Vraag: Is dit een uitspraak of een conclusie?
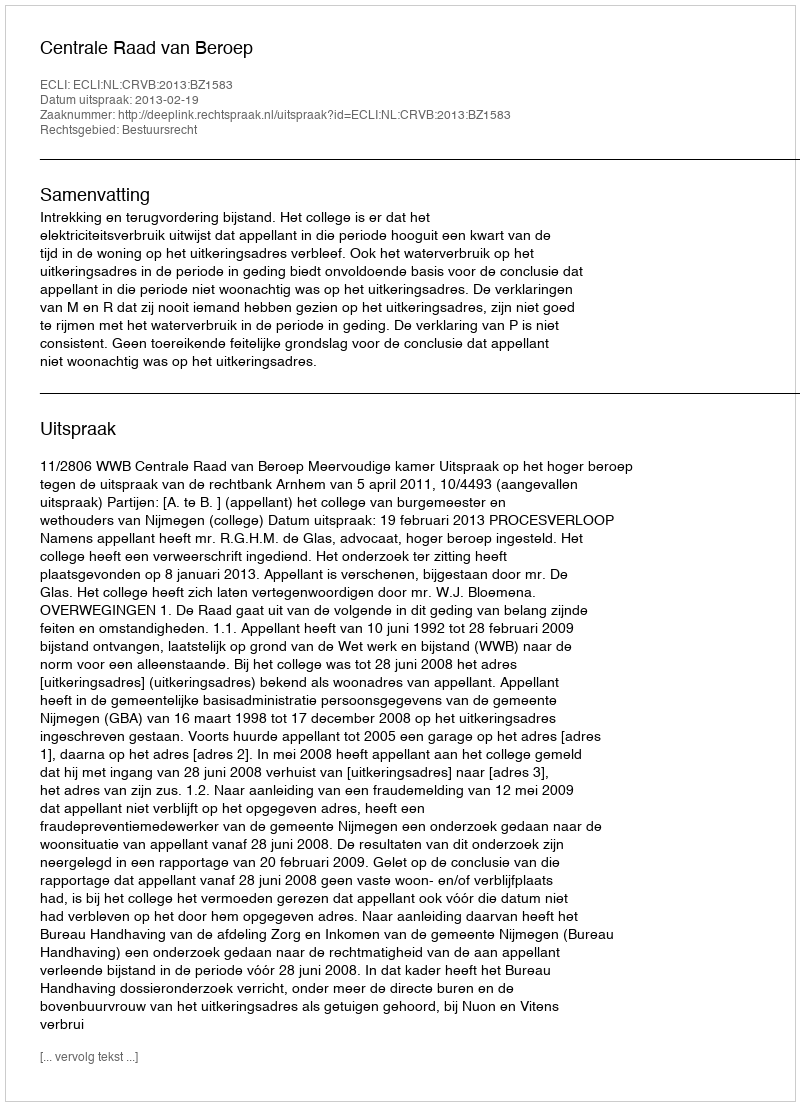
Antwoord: Uitspraak